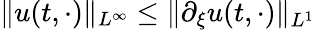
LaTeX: \| u(t,\cdot)\| _{L^{\infty}}\leq\| \partial_{\xi}u(t,\cdot)\| _{L^{1}}